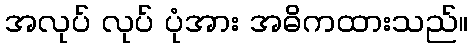
အလုပ် လုပ် ပုံအား အဓိကထားသည်။